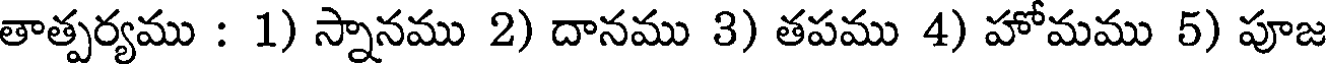
తాత్పర్యము : 1) స్నానము 2) దానము 3) తపము 4) హోమము 5) పూజ